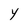
Character: Y